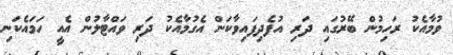
ވުމާއެކު ރަހިމުން ބޭރުގައި ދަރި އުފެދިފައިވާކަން އެގުމާއެކު ދަރި ވައްޓާލުން އެއީ ހަމައެކަނި